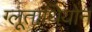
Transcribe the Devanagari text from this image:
ग्लूताथियोन